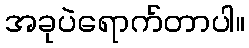
အခုပဲရောက်တာပါ။